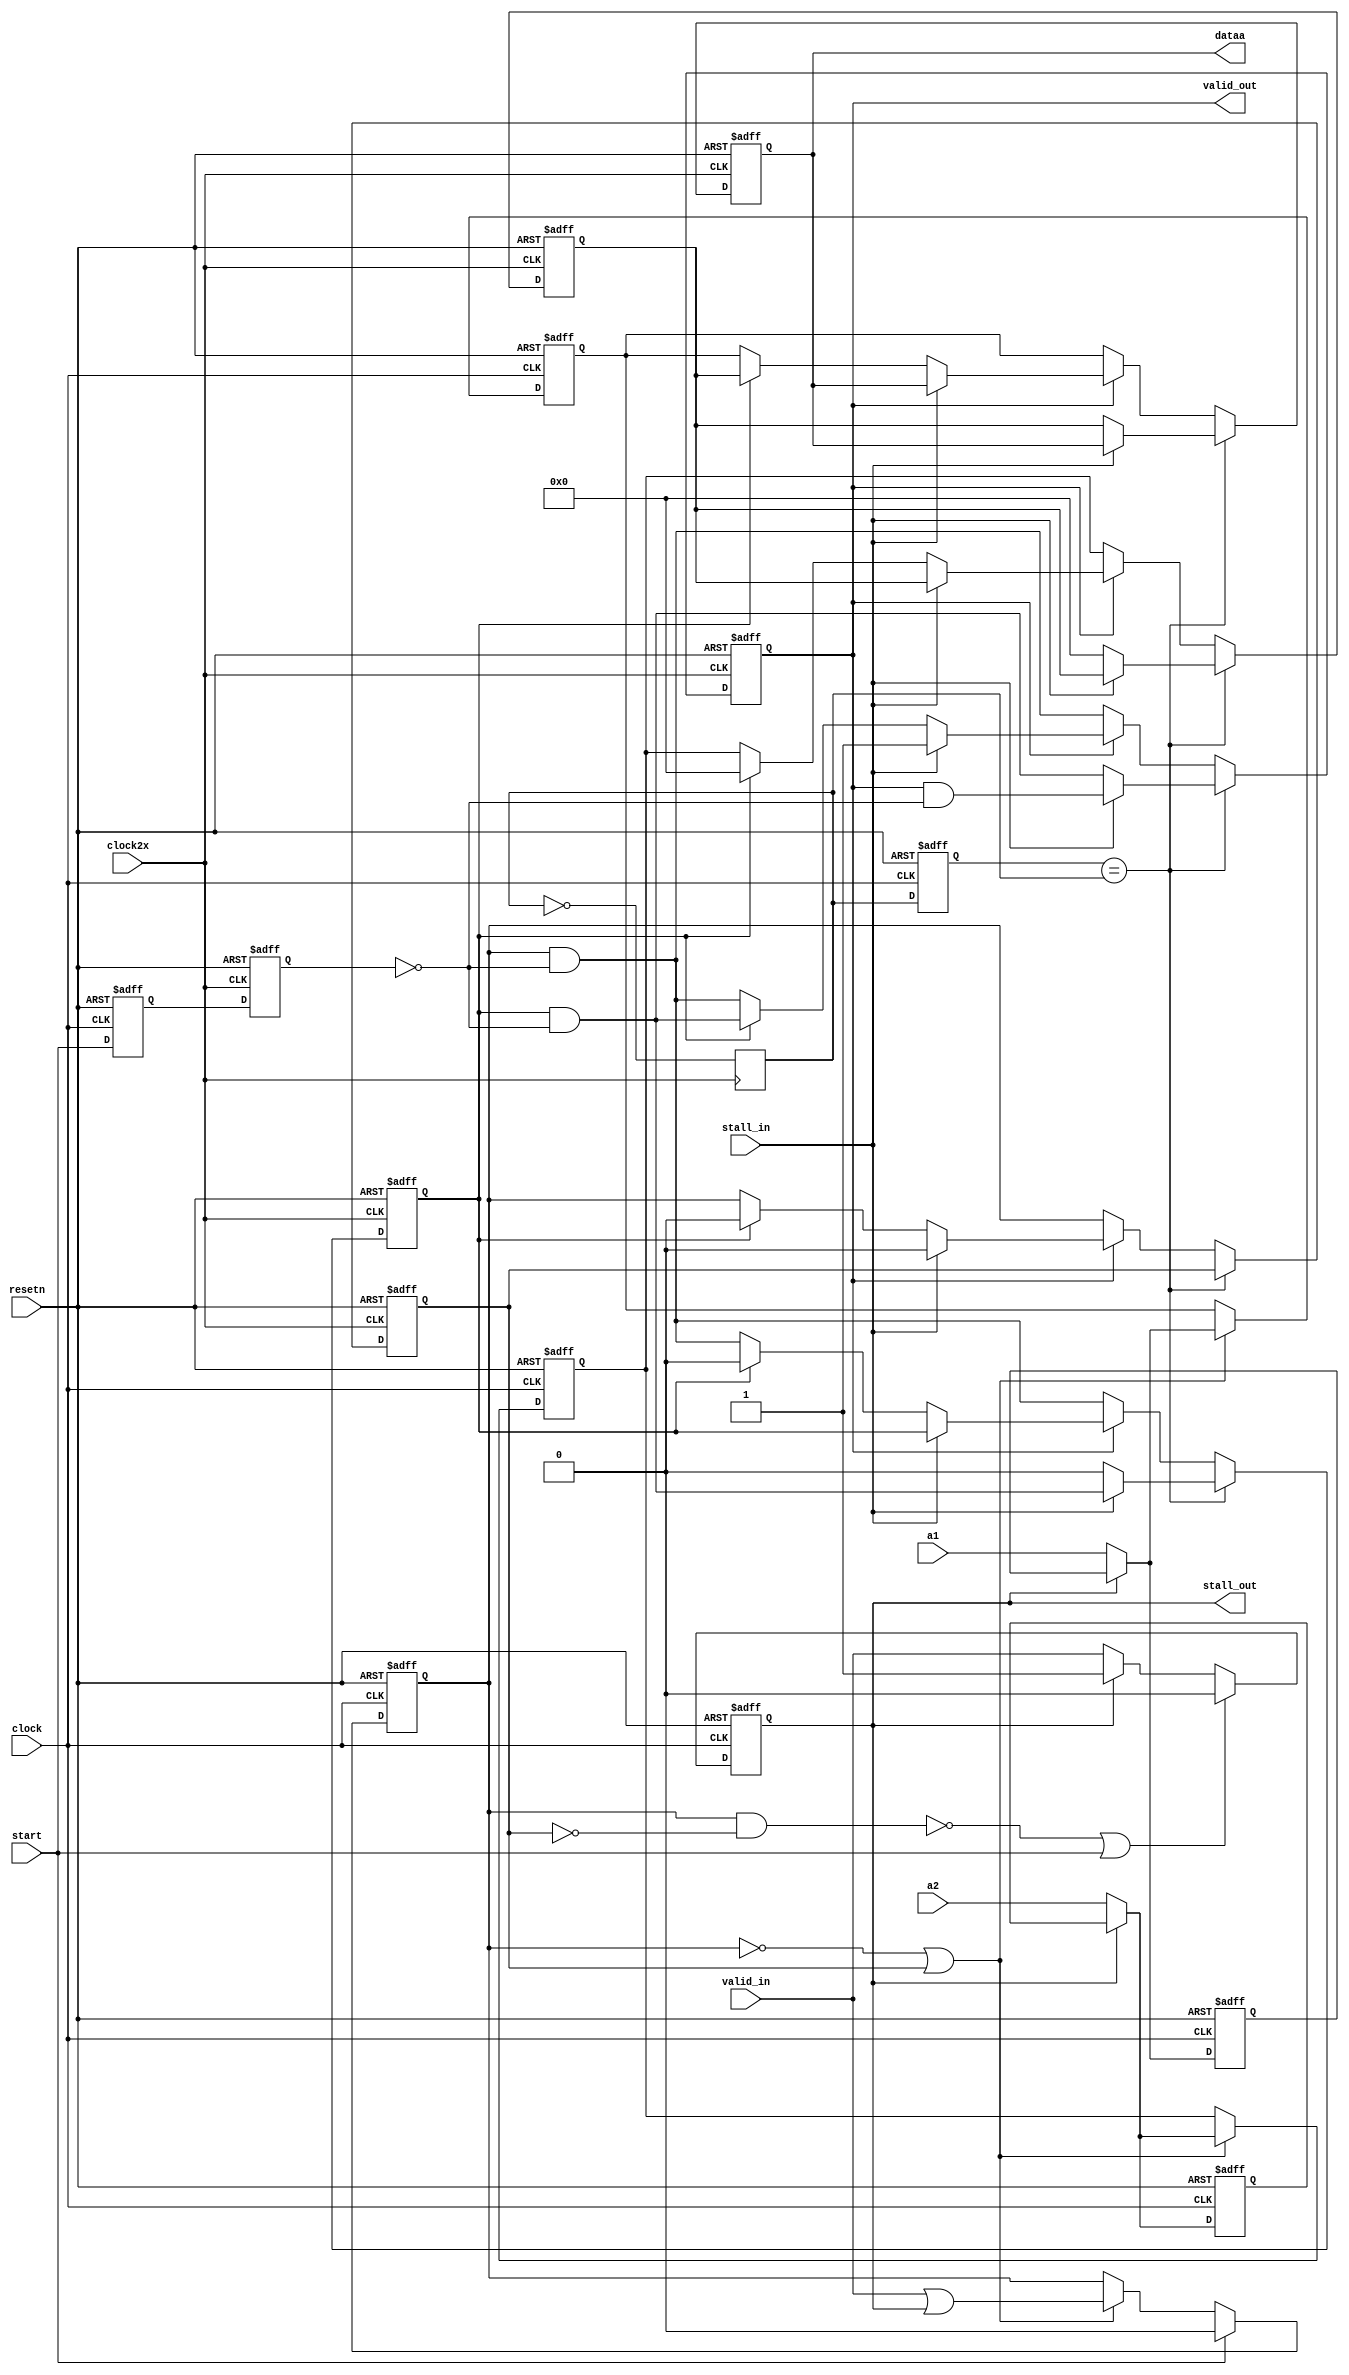
module acl_vector_to_stream_converter_single(
			clock, clock2x, resetn, start,
			a1, a2, dataa,
			valid_in, valid_out, stall_in, stall_out);
	parameter WIDTH = 32;
  input clock, clock2x, resetn, valid_in, stall_in, start;
	input [WIDTH-1:0] a1;
  input [WIDTH-1:0] a2;
  output [WIDTH-1:0] dataa;
	output valid_out;
	output stall_out;
  reg [WIDTH-1:0] a1_sr ;
  reg [WIDTH-1:0] a2_sr ;
  reg sr_in_valid ;
  wire stall_sr;
  assign stall_out = sr_in_valid;
  reg start_reg ;
  always@(posedge clock or negedge resetn)
  begin
    if (~resetn)
    begin
      sr_in_valid <= 1'b0;
      start_reg <= 1'b0;
      a1_sr <= {WIDTH{1'bx}};
      a2_sr <= {WIDTH{1'bx}};
    end
    else
    begin
      start_reg <= start;
      if (~stall_sr | start)
        sr_in_valid <= 1'b0;
      else if (~sr_in_valid)
        sr_in_valid <= valid_in;
      if (~sr_in_valid)
      begin
        a1_sr <= a1;
        a2_sr <= a2;
      end
    end
  end
	reg sel2x, sel_ref ;
	initial
	begin
		sel2x = 1'b0;
		sel_ref = 1'b0;
	end
  always@(posedge clock2x)
  begin
    sel2x <= ~sel2x;	
  end
	reg [WIDTH-1:0] a1_reg ;
  reg [WIDTH-1:0] a2_reg ;
  reg valid_reg ;
  wire stall_reg;
  assign stall_sr = valid_reg & stall_reg;
  always@(posedge clock or negedge resetn)
  begin
    if (~resetn)
    begin
      sel_ref <= 1'b0;
      valid_reg <= 1'b0;
      a1_reg <= {WIDTH{1'bx}};
      a2_reg <= {WIDTH{1'bx}};
    end
    else 
    begin
      sel_ref <= sel2x;
      if (start)
        valid_reg <= 1'b0;
      else if (~valid_reg | ~stall_reg)
        valid_reg <= valid_in | sr_in_valid;
      if (~valid_reg | ~stall_reg)
      begin
        a1_reg <= sr_in_valid ? a1_sr : a1;
        a2_reg <= sr_in_valid ? a2_sr : a2;
      end
    end
  end
	reg [WIDTH-1:0] shift_reg_a1 ;
  reg [WIDTH-1:0] shift_reg_a2 ;
  reg read_data ;
  reg valid_a1, valid_a2 ;
  reg start_reg_2x ;
  wire stall_shift;
  assign stall_reg = ~read_data;
  wire w;
  assign w = (sel_ref == sel2x);
  always@(posedge clock2x or negedge resetn)  
  begin
    if (~resetn)
    begin
      start_reg_2x <= 1'b0;
      valid_a1 <= 1'b0;
      valid_a2 <= 1'b0;
      read_data <= 1'b0;
      shift_reg_a1 <= {WIDTH{1'bx}};
      shift_reg_a2 <= {WIDTH{1'bx}};
    end
    else
    begin
     start_reg_2x <= start_reg;
	   if (~w)
		 begin
       if (~valid_a1)
       begin
         valid_a1 <= valid_reg & ~start_reg_2x;
         valid_a2 <= valid_reg & ~start_reg_2x;
         shift_reg_a1 <= a1_reg;
         shift_reg_a2 <= a2_reg;
         read_data <= valid_reg;
       end
		   else if (~stall_shift)
		   begin
			   if (~valid_a2)
         begin
           valid_a1 <= valid_reg & ~start_reg_2x;
           valid_a2 <= valid_reg & ~start_reg_2x;
           shift_reg_a1 <= a1_reg;
           shift_reg_a2 <= a2_reg;
				   read_data <= valid_reg;
         end
         else
         begin
           valid_a1 <= valid_a2 & ~start_reg_2x;
           valid_a2 <= 1'b0;
           shift_reg_a1 <= shift_reg_a2;
           shift_reg_a2 <= {WIDTH{1'b0}};
           read_data <= 1'b0;
         end			 
		   end
       else
         read_data <= 1'b0;
		 end
		 else
		 begin
       if (~stall_shift)
       begin
         valid_a1 <= valid_a2 & ~start_reg_2x;
         valid_a2 <= 1'b0;
         shift_reg_a1 <= shift_reg_a2;
         shift_reg_a2 <= {WIDTH{1'b0}};
       end
       else
       begin
         valid_a1 <= valid_a1 & ~start_reg_2x;
         valid_a2 <= valid_a2 & ~start_reg_2x;
       end
     end
    end
  end
  assign dataa = shift_reg_a1;
  assign stall_shift = stall_in;
  assign valid_out = valid_a1;
endmodule